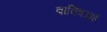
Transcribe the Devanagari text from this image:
बाक्त्रिआई